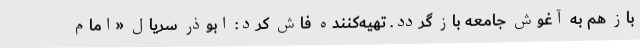
باز هم به آغوش جامعه باز گردد. تهیه‌کننده فاش کرد: ابوذرِ سریال «امام